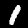
Digit: 1